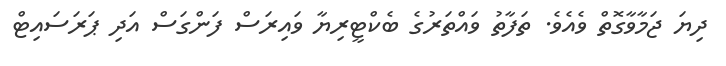
ދިޔަ ޖަމާވާގޮތް ވެއެވެ. ތަފާތު ވައްތަރުގެ ބެކްޓީރިޔާ ވައިރަސް ފަންގަސް އަދި ޕަރަސައިޓް